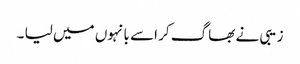
زیبی نے بھاگ کر اسے بانہوں میں لیا ۔